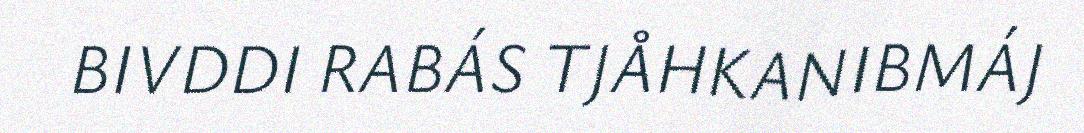
BIVDDI RABÁS TJÅHKANIBMÁJ